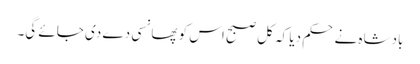
بادشاہ نے حکم دیا کہ کل صبح اس کو پھانسی دے دی جائے گی۔